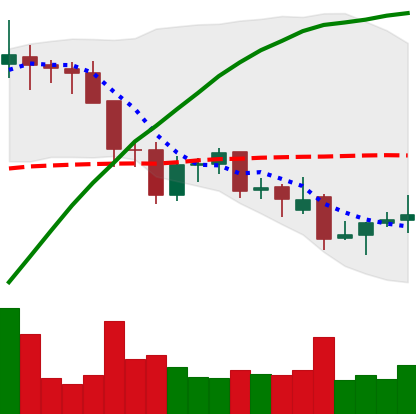
Ticker: LINK-USD
Chart end date: 2021-11-30
Forward return: -23.141%
Label: down_7plus